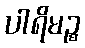
ပါရိမဉ္စ